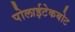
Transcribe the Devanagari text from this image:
पोलाईटेकबोट